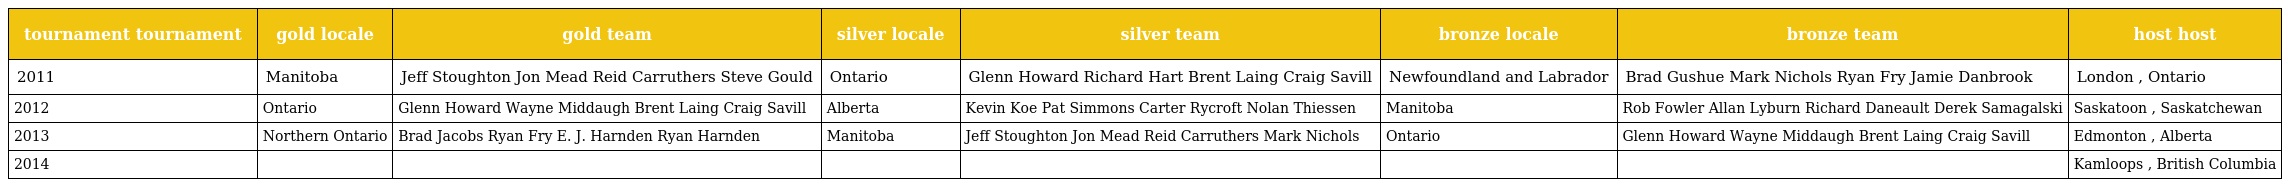
| tournament tournament | gold locale | gold team | silver locale | silver team | bronze locale | bronze team | host host |
 | --- | --- | --- | --- | --- | --- | --- | --- |
 | 2011 | Manitoba | Jeff Stoughton Jon Mead Reid Carruthers Steve Gould | Ontario | Glenn Howard Richard Hart Brent Laing Craig Savill | Newfoundland and Labrador | Brad Gushue Mark Nichols Ryan Fry Jamie Danbrook | London , Ontario |
 | 2012 | Ontario | Glenn Howard Wayne Middaugh Brent Laing Craig Savill | Alberta | Kevin Koe Pat Simmons Carter Rycroft Nolan Thiessen | Manitoba | Rob Fowler Allan Lyburn Richard Daneault Derek Samagalski | Saskatoon , Saskatchewan |
 | 2013 | Northern Ontario | Brad Jacobs Ryan Fry E. J. Harnden Ryan Harnden | Manitoba | Jeff Stoughton Jon Mead Reid Carruthers Mark Nichols | Ontario | Glenn Howard Wayne Middaugh Brent Laing Craig Savill | Edmonton , Alberta |
 | 2014 |  |  |  |  |  |  | Kamloops , British Columbia |